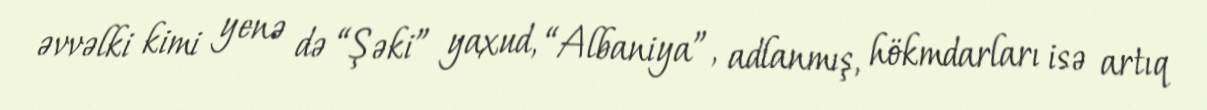
əvvəlki kimi yenə də “Şəki” yaxud, “Albaniya”, adlanmış, hökmdarları isə artıq